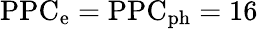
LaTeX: \mathrm{PPC_{\mathrm{e}}=\mathrm{PPC_{\mathrm{ph}}=16}}